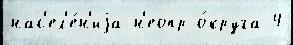
нас'ел'е́н'иjа н'еопр о́круга 4